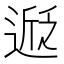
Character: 𬨵